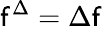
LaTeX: \mathsf{f}^{\Delta}=\Delta\mathsf{f}